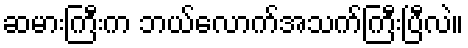
ဆမားကြီးက ဘယ်လောက်အသက်ကြီးပြီလဲ။